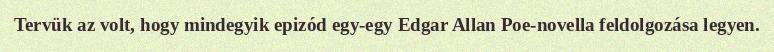
Tervük az volt, hogy mindegyik epizód egy-egy Edgar Allan Poe-novella feldolgozása legyen.